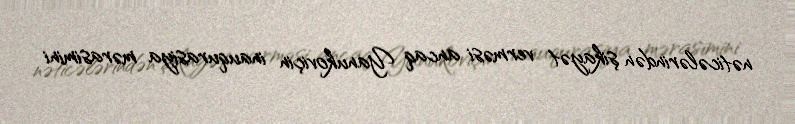
nəticələrindən şikayət verməsi ancaq Yanukoviçin inauqurasiya mərasimini